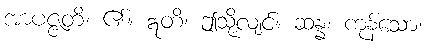
အာပဇ္ဇတိ၊ ၏။ ဣတိ၊ ဤသို့လျင်။ ဆန္နံ၊ ကုန်သော၊